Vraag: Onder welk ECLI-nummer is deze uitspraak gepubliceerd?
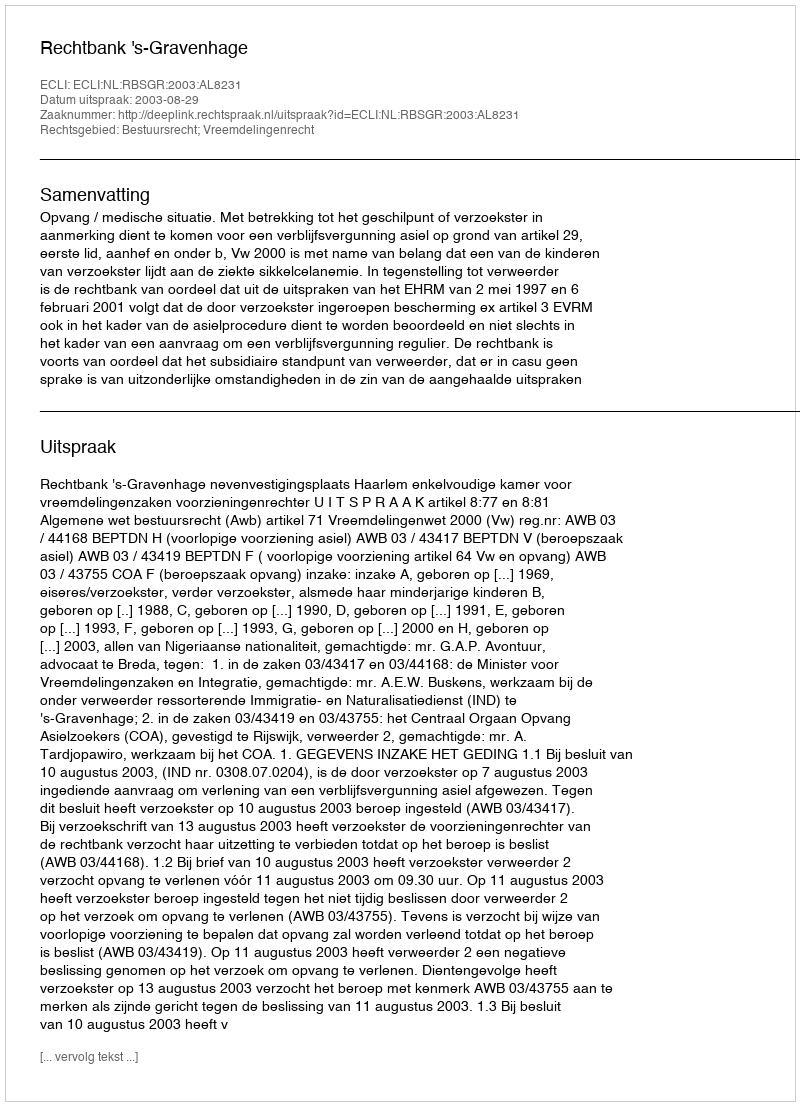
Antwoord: ECLI:NL:RBSGR:2003:AL8231